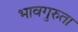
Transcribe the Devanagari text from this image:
भावगुरुता